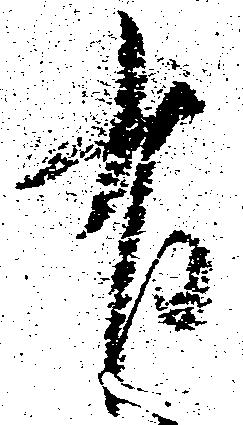
有